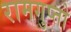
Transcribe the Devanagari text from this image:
रामगुप्तो